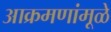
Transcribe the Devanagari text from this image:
आक्रमणांमूळे